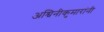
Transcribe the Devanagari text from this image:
अश्विनीकुमारांनी